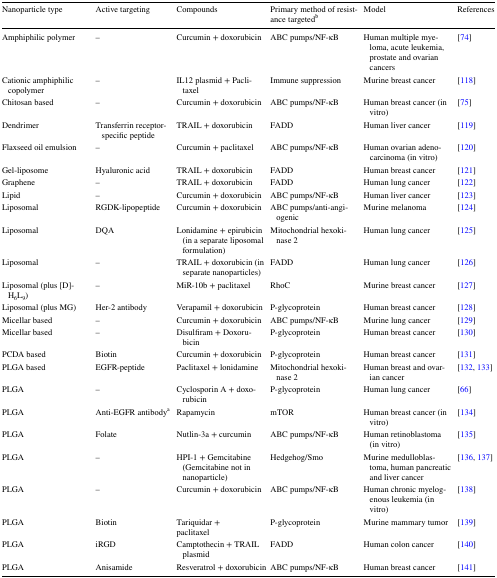
<table><thead><tr><td><b>Nanoparticle type</b></td><td><b>Active targeting</b></td><td><b>Compounds</b></td><td><b>Primary method of resistance targeted<sup>b</sup></b></td><td><b>Model</b></td><td><b>References</b></td></tr></thead><tbody><tr><td>Amphiphilic polymer</td><td>–</td><td>Curcumin + doxorubicin</td><td>ABC pumps/NF-κB</td><td>Human multiple myeloma, acute leukemia, prostate and ovarian cancers</td><td>[74]</td></tr><tr><td>Cationic amphiphilic copolymer</td><td>–</td><td>IL12 plasmid + Paclitaxel</td><td>Immune suppression</td><td>Murine breast cancer</td><td>[118]</td></tr><tr><td>Chitosan based</td><td>–</td><td>Curcumin + doxorubicin</td><td>ABC pumps/NF-κB</td><td>Human breast cancer (in vitro)</td><td>[75]</td></tr><tr><td>Dendrimer</td><td>Transferrin receptor-specific peptide</td><td>TRAIL + doxorubicin</td><td>FADD</td><td>Human liver cancer</td><td>[119]</td></tr><tr><td>Flaxseed oil emulsion</td><td>–</td><td>Curcumin + paclitaxel</td><td>ABC pumps/NF-κB</td><td>Human ovarian adenocarcinoma (in vitro)</td><td>[120]</td></tr><tr><td>Gel-liposome</td><td>Hyaluronic acid</td><td>TRAIL + doxorubicin</td><td>FADD</td><td>Human breast cancer</td><td>[121]</td></tr><tr><td>Graphene</td><td>–</td><td>TRAIL + doxorubicin</td><td>FADD</td><td>Human lung cancer</td><td>[122]</td></tr><tr><td>Lipid</td><td>–</td><td>Curcumin + doxorubicin</td><td>ABC pumps/NF-κB</td><td>Human liver cancer</td><td>[123]</td></tr><tr><td>Liposomal</td><td>RGDK-lipopeptide</td><td>Curcumin + doxorubicin</td><td>ABC pumps/anti-angiogenic</td><td>Murine melanoma</td><td>[124]</td></tr><tr><td>Liposomal</td><td>DQA</td><td>Lonidamine + epirubicin (in a separate liposomal formulation)</td><td>Mitochondrial hexokinase 2</td><td>Human lung cancer</td><td>[125]</td></tr><tr><td>Liposomal</td><td>–</td><td>TRAIL + doxorubicin (in separate nanoparticles)</td><td>FADD</td><td>Human lung cancer</td><td>[126]</td></tr><tr><td>Liposomal (plus [D]-H<sub>6</sub>L<sub>9</sub>)</td><td>–</td><td>MiR-10b + paclitaxel</td><td>RhoC</td><td>Murine breast cancer</td><td>[127]</td></tr><tr><td>Liposomal (plus MG)</td><td>Her-2 antibody</td><td>Verapamil + doxorubicin</td><td>P-glycoprotein</td><td>Human breast cancer</td><td>[128]</td></tr><tr><td>Micellar based</td><td>–</td><td>Curcumin + doxorubicin</td><td>ABC pumps/NF-κB</td><td>Murine lung cancer</td><td>[129]</td></tr><tr><td>Micellar based</td><td>–</td><td>Disulfiram + Doxorubicin</td><td>P-glycoprotein</td><td>Human breast cancer</td><td>[130]</td></tr><tr><td>PCDA based</td><td>Biotin</td><td>Curcumin + doxorubicin</td><td>P-glycoprotein</td><td>Human breast cancer</td><td>[131]</td></tr><tr><td>PLGA based</td><td>EGFR-peptide</td><td>Paclitaxel + lonidamine</td><td>Mitochondrial hexokinase 2</td><td>Human breast and ovarian cancer</td><td>[132, 133]</td></tr><tr><td>PLGA</td><td>–</td><td>Cyclosporin A + doxorubicin</td><td>P-glycoprotein</td><td>Human lung cancer</td><td>[66]</td></tr><tr><td>PLGA</td><td>Anti-EGFR antibody<sup>a</sup></td><td>Rapamycin</td><td>mTOR</td><td>Human breast cancer (in vitro)</td><td>[134]</td></tr><tr><td>PLGA</td><td>Folate</td><td>Nutlin-3a + curcumin</td><td>ABC pumps/NF-κB</td><td>Human retinoblastoma (in vitro)</td><td>[135]</td></tr><tr><td>PLGA</td><td>–</td><td>HPI-1 + Gemcitabine (Gemcitabine not in nanoparticle)</td><td>Hedgehog/Smo</td><td>Murine medulloblastoma, human pancreatic and liver cancer</td><td>[136, 137]</td></tr><tr><td>PLGA</td><td>–</td><td>Curcumin + doxorubicin</td><td>ABC pumps/NF-κB</td><td>Human chronic myelogenous leukemia (in vitro)</td><td>[138]</td></tr><tr><td>PLGA</td><td>Biotin</td><td>Tariquidar +paclitaxel</td><td>P-glycoprotein</td><td>Murine mammary tumor</td><td>[139]</td></tr><tr><td>PLGA</td><td>iRGD</td><td>Camptothecin + TRAIL plasmid</td><td>FADD</td><td>Human colon cancer</td><td>[140]</td></tr><tr><td>PLGA</td><td>Anisamide</td><td>Resveratrol + doxorubicin</td><td>ABC pumps/NF-κB</td><td>Human breast cancer</td><td>[141]</td></tr></tbody></table>